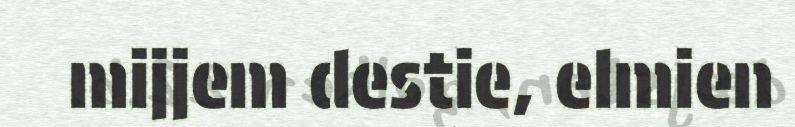
mijjem destie, elmien